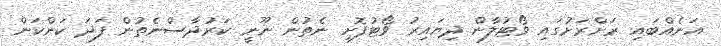
އަނެއްބައި ރަށްރަށުގައި ވޯޓުލާން ދިޔައިރު ވޯޓުފޮށި ނެތުން ނޫނީ ކަރުދާސްނެތުން ފަދަ ކަންކަން